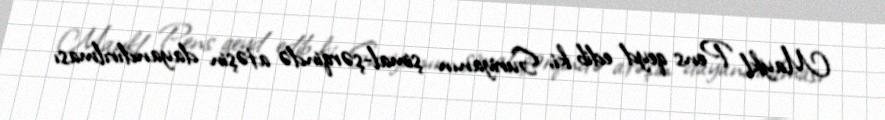
Maykl Pens qeyd edib ki, Suriyanın şimal-şərqində atəşin dayandırılması